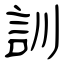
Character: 訓